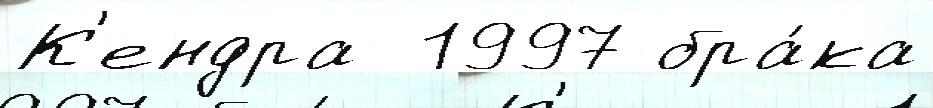
К'ендра  1997 бра́ка